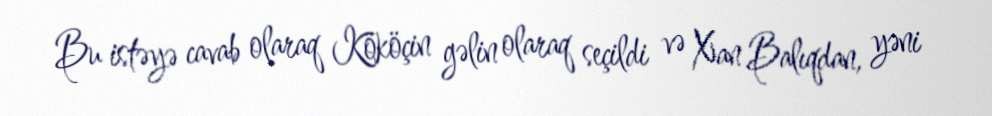
Bu istəyə cavab olaraq Kököçin gəlin olaraq seçildi və Xan Balıqdan, yəni